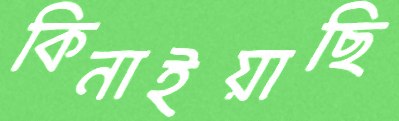
কিনাইয়াছি